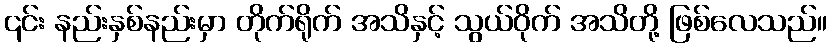
၎င်း နည်းနှစ်နည်းမှာ တိုက်ရိုက် အသိနှင့် သွယ်ဝိုက် အသိတို့ ဖြစ်လေသည်။